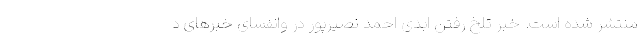
منتشر شده است. خبر تلخ رفتن ابدی احمد نصیرپور در وانفسای خبرهای د